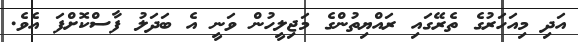
އަދި މިއަހަރުގެ ތެރޭގައި ރައްޔިތުންގެ މަޖިލީހުން ވަނީ އެ ބަދަލު ފާސްކޮށްފަ އެވެ.